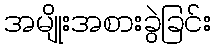
အမျိုးအစားခွဲခြင်း